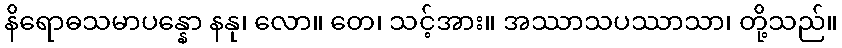
နိရောဓသမာပန္နော နနု၊ လော။ တေ၊ သင့်အား။ အဿာသပဿာသာ၊ တို့သည်။